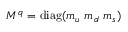
M ^ { q } = \mathrm { { d i a g } } ( m _ { u } \ m _ { d } \ m _ { s } )